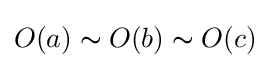
O(a)\thicksim O(b)\thicksim O(c)